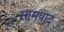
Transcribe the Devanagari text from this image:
सामवाद